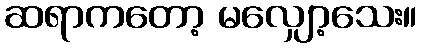
ဆရာကတော့ မလျှော့သေး။